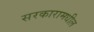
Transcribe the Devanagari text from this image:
सरकारामधील